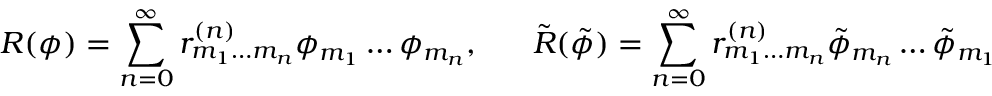
R ( \phi ) = \sum _ { n = 0 } ^ { \infty } r _ { m _ { 1 } \ldots m _ { n } } ^ { ( n ) } \phi _ { m _ { 1 } } \ldots \phi _ { m _ { n } } , \; \; \; \; \; \; \tilde { R } ( \tilde { \phi } ) = \sum _ { n = 0 } ^ { \infty } r _ { m _ { 1 } \ldots m _ { n } } ^ { ( n ) } \tilde { \phi } _ { m _ { n } } \ldots \tilde { \phi } _ { m _ { 1 } }